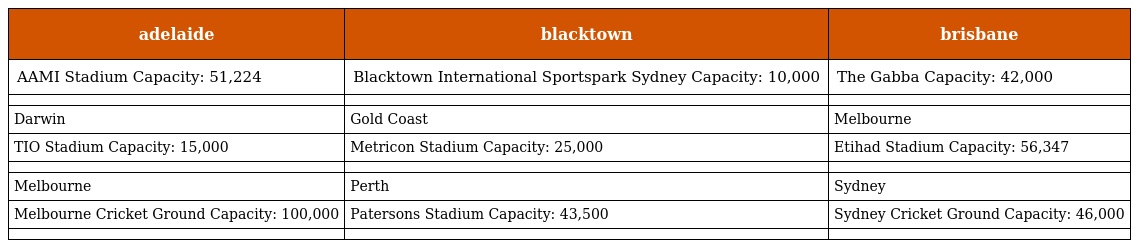
| adelaide | blacktown | brisbane |
 | --- | --- | --- |
 | AAMI Stadium Capacity: 51,224 | Blacktown International Sportspark Sydney Capacity: 10,000 | The Gabba Capacity: 42,000 |
 |  |  |  |
 | Darwin | Gold Coast | Melbourne |
 | TIO Stadium Capacity: 15,000 | Metricon Stadium Capacity: 25,000 | Etihad Stadium Capacity: 56,347 |
 |  |  |  |
 | Melbourne | Perth | Sydney |
 | Melbourne Cricket Ground Capacity: 100,000 | Patersons Stadium Capacity: 43,500 | Sydney Cricket Ground Capacity: 46,000 |
 |  |  |  |